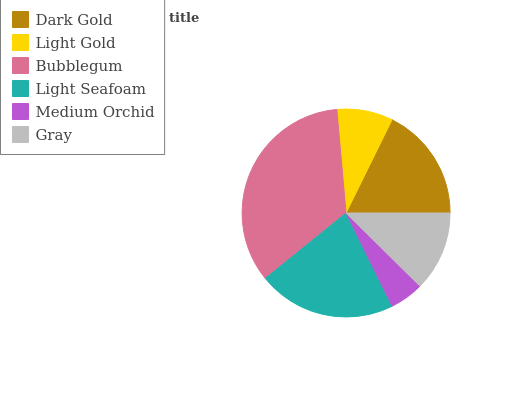
| Dark Gold | Light Gold | Bubblegum | Light Seafoam | Medium Orchid | Gray |
 | --- | --- | --- | --- | --- | --- |
 | 17.7% | 8.7% | 34.4% | 21.5% | 5.26% | 12.4% |